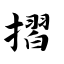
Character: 摺